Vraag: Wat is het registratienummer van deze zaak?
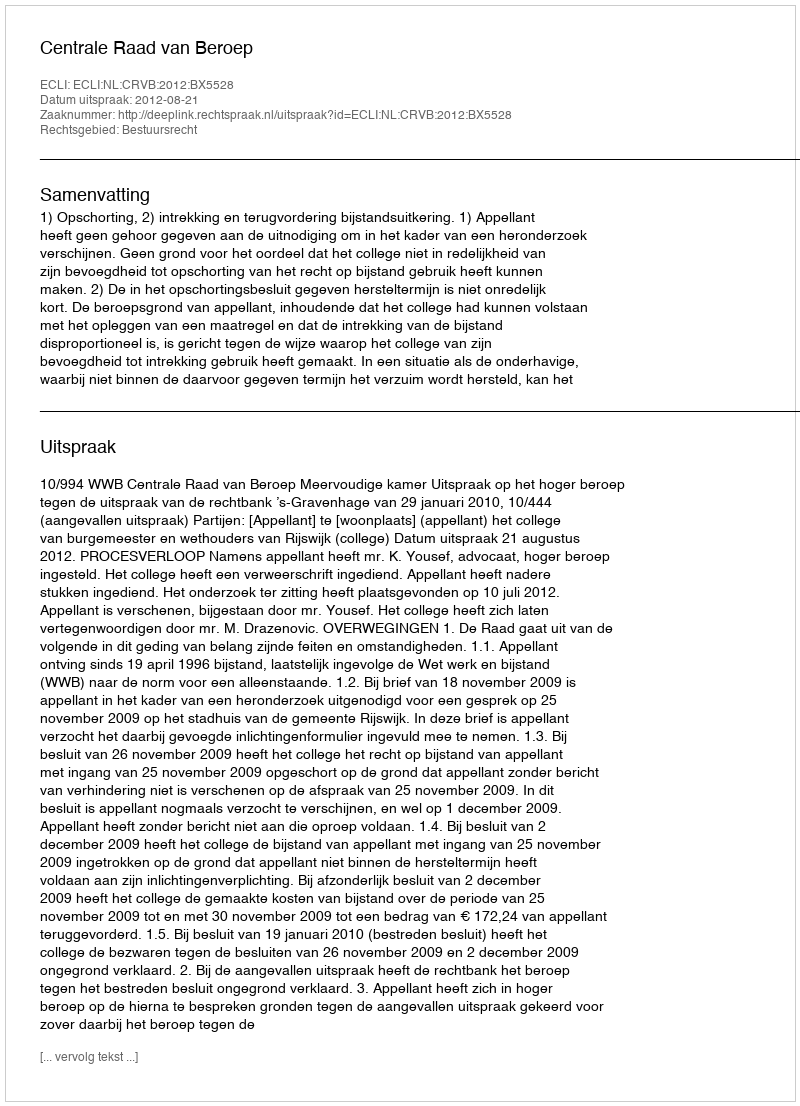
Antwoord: http://deeplink.rechtspraak.nl/uitspraak?id=ECLI:NL:CRVB:2012:BX5528